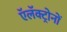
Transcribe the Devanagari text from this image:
ऍलॅक्ट्रोनों